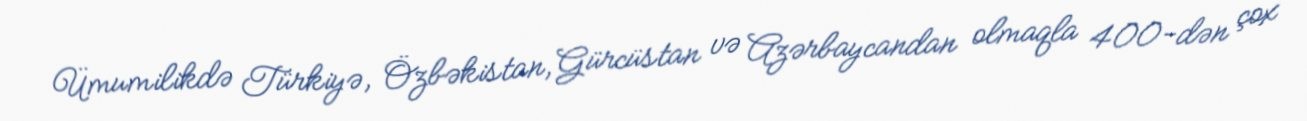
Ümumilikdə Türkiyə, Özbəkistan, Gürcüstan və Azərbaycandan olmaqla 400-dən çox